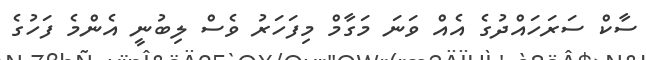
ސާކް ސަރަހައްދުގެ އެއް ވަނަ މަގާމް މިފަހަރު ވެސް ލިބުނީ އެންމެ ފަހުގެ